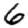
Digit: 6